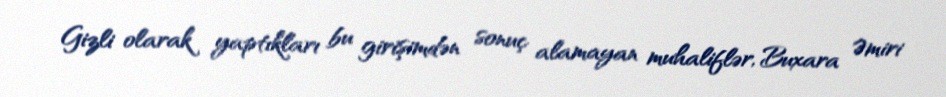
Gizli olarak yaptıkları bu girişimdən sonuç alamayan muhaliflər, Buxara Əmiri